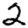
Digit: 2